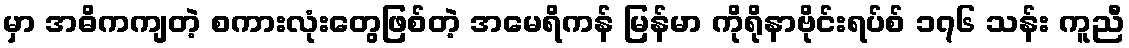
မှာ အဓိကကျတဲ့ စကားလုံးတွေဖြစ်တဲ့ အမေရိကန် မြန်မာ ကိုရိုနာဗိုင်းရပ်စ် ၁၇၆ သန်း ကူညီ